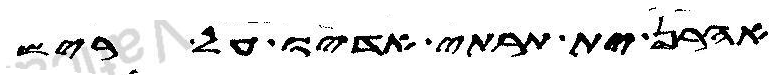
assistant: אהרן ית תרתי אדיו על ריש